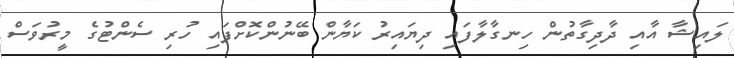
ލައިޝާ އާއި ދާދިގާތުން ހިނގާލާފައި ދިޔައިރު ކަޔާން ބޭނުންކޮށްފައި ހުރި ސެންޓުގެ މީރުވަސް